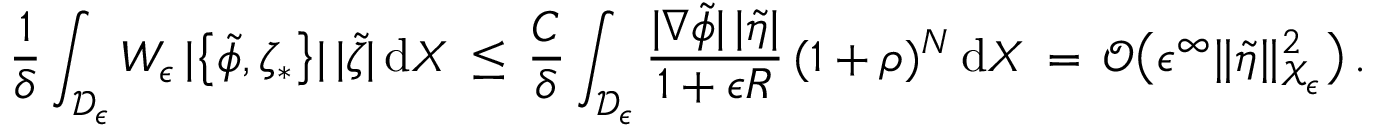
\frac { 1 } { \delta } \int _ { \mathcal { D } _ { \epsilon } } W _ { \epsilon } \, | \bigl \{ \tilde { \phi } , \zeta _ { * } \bigr \} | \, | \tilde { \zeta } | \, \mathrm { d } X \, \le \, \frac { C } { \delta } \int _ { \mathcal { D } _ { \epsilon } } \frac { | \nabla \tilde { \phi } | \, | \tilde { \eta } | } { 1 + \epsilon R } \, ( 1 + \rho ) ^ { N } \, \mathrm { d } X \, = \, \mathcal { O } \bigl ( \epsilon ^ { \infty } \| \tilde { \eta } \| _ { \mathcal { X } _ { \epsilon } } ^ { 2 } \bigr ) \, .